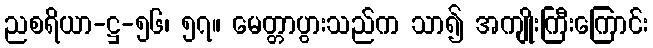
ညစရိယာ-ဋ္ဌ-၅၆၊ ၅၇။ မေတ္တာပွားသည်က သာ၍ အကျိုးကြီးကြောင်း